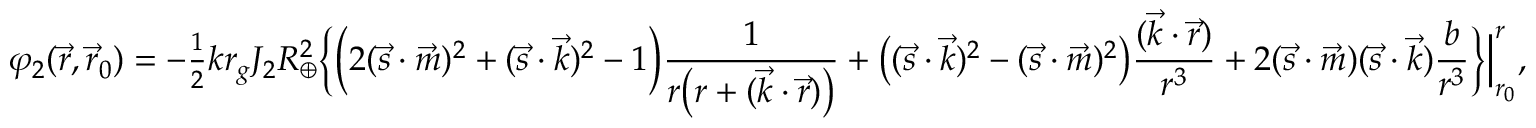
\varphi _ { 2 } ( \vec { r } , \vec { r } _ { 0 } ) = - { \textstyle \frac { 1 } { 2 } } k r _ { g } J _ { 2 } R _ { \oplus } ^ { 2 } \Big \{ \Big ( 2 ( { \vec { s } } \cdot { \vec { m } } ) ^ { 2 } + ( { \vec { s } } \cdot { \vec { k } } ) ^ { 2 } - 1 \Big ) \frac { 1 } { r \big ( r + ( { \vec { k } } \cdot { \vec { r } } ) \big ) } + \big ( ( { \vec { s } } \cdot { \vec { k } } ) ^ { 2 } - ( { \vec { s } } \cdot { \vec { m } } ) ^ { 2 } \big ) \frac { ( \vec { k } \cdot \vec { r } ) } { r ^ { 3 } } + 2 ( { \vec { s } } \cdot { \vec { m } } ) ( { \vec { s } } \cdot { \vec { k } } ) \frac { b } { r ^ { 3 } } \Big \} \Big | _ { r _ { 0 } } ^ { r } ,